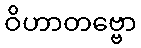
ဝိဟာတဗ္ဗော